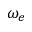
\omega _ { e }